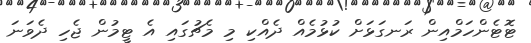
ޓޮޓެންހަމްއިން ރަނގަޅަށް ކުޅުމެއް ދެއްކި މި މެޗުގައި އެ ޓީމުން ޖެހި ދެވަނަ